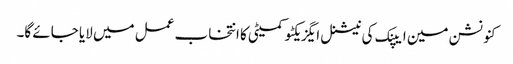
کنونشن مین ایپنک کی نیشنل ایگزیکٹو کمیٹی کا انتخاب عمل میں لایا جائے گا۔